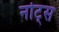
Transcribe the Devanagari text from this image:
नोट्‍स